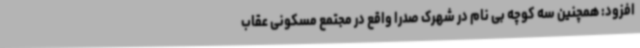
افزود: همچنین سه کوچه بی نام در شهرک صدرا واقع در مجتمع مسکونی عقاب